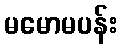
မမောမပန်း